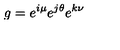
g = e ^ { i \mu } e ^ { j \theta } e ^ { k \nu }